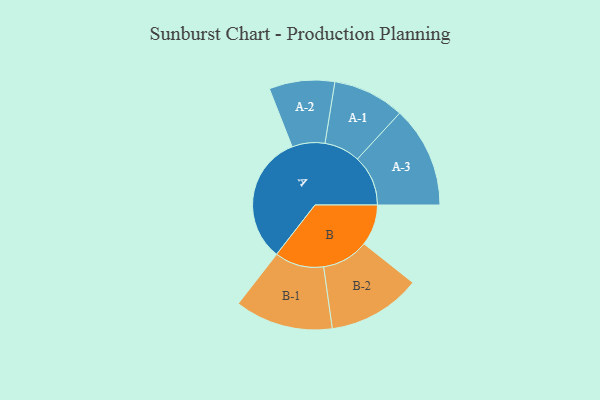
{"axis": {"x": "Segment", "y": "Value"}, "legend": ["", "A", "B"], "data": [{"x": "A", "y": 418, "type": ""}, {"x": "B", "y": 133, "type": ""}, {"x": "A-1", "y": 116, "type": "A"}, {"x": "A-2", "y": 106, "type": "A"}, {"x": "A-3", "y": 164, "type": "A"}, {"x": "B-1", "y": 159, "type": "B"}, {"x": "B-2", "y": 151, "type": "B"}]}